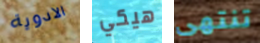
الادوية هيكي تنتهى